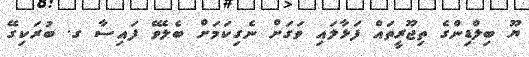
ޔޫ ބިލްޑިންގެ ތިޖޫރީތައް ފަޅާލައި ވަގަށް ނެގިކަމަށް ބެލެވޭ ފައިސާ ގ. ބުރަކިގޭ